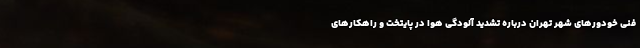
فنی خودورهای شهر تهران درباره تشدید آلودگی هوا در پایتخت و راهکارهای